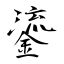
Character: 鎏